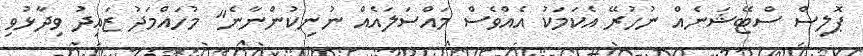
ޕޮލިސް ސްޓޭޝަނެއް ނުހުރޭ އެކަމަކު އެއްވެސް މައްސަލައެއް ނުނިކުންނާނެ" މުހައްމަދު ޒައިދު ވިދާޅުވި